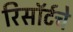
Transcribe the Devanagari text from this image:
रिसॉर्टचे